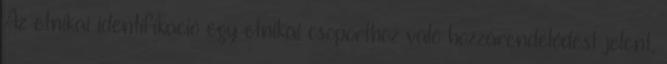
Az etnikai identifikáció egy etnikai csoporthoz való hozzárendelődést jelent,